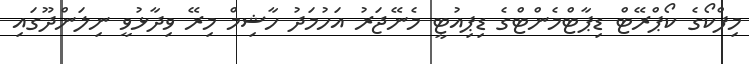
މިފްކޯގެ ކޯޕްރޭޓް ޑިޕާޓްމެންޓްގެ ޑިޕިއުޓީ މެނޭޖަރު އަހުމަދު ހާޝިމް މިރޭ ވިދާޅުވީ ނިލަންދޫގައި